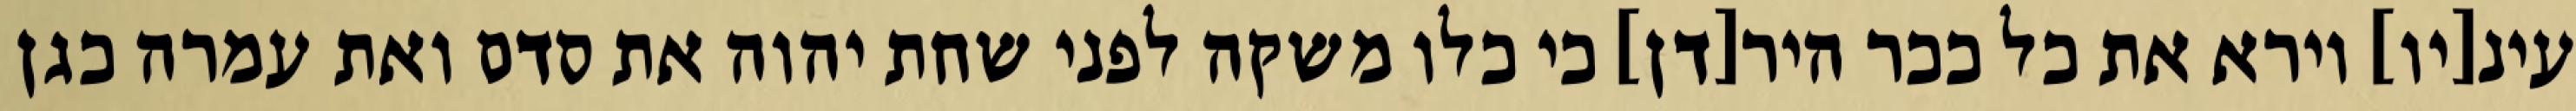
עינ[יו] וירא את כל ככר היר[דן] כי כלו משקה לפני שחת יהוה את סדם ואת עמרה כגן